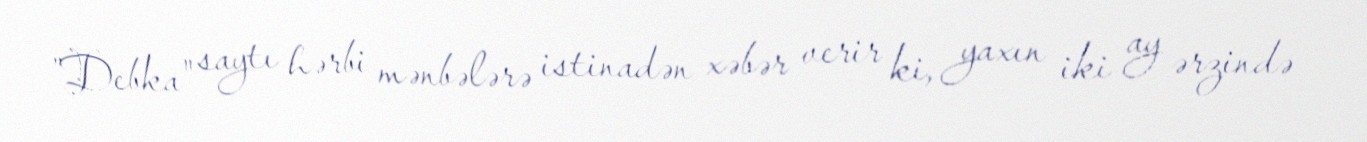
”Debka" saytı hərbi mənbələrə istinadən xəbər verir ki, yaxın iki ay ərzində